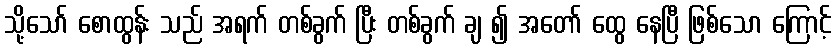
သို့သော် စောထွန်း သည် အရက် တစ်ခွက် ပြီး တစ်ခွက် ချ ၍ အတော် ထွေ နေပြီ ဖြစ်သော ကြောင့်